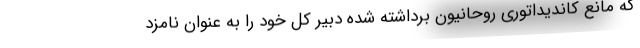
که مانع کاندیداتوری روحانیون برداشته شده دبیر کل خود را به عنوان نامزد